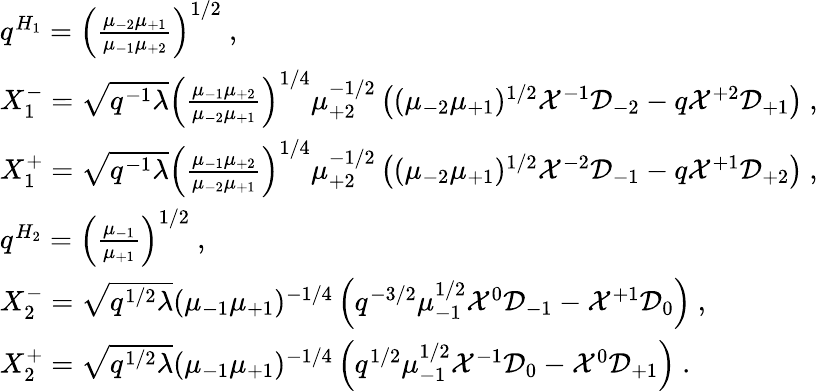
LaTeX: \begin{array}{l}{{q^{H_{1}}=\left(\frac{\mu_{-2}\mu_{+1}}{\mu_{-1}\mu_{+2}}\right)^{1/2}~,}}\\ {{X_{1}^{-}=\sqrt{q^{-1}\lambda}\left(\frac{\mu_{-1}\mu_{+2}}{\mu_{-2}\mu_{+1}}\right)^{1/4}\mu_{+2}^{-1/2}\left((\mu_{-2}\mu_{+1})^{1/2}{\cal X}^{-1}{\cal D}_{-2}-q{\cal X}^{+2}{\cal D}_{+1}\right)~,}}\\ {{X_{1}^{+}=\sqrt{q^{-1}\lambda}\left(\frac{\mu_{-1}\mu_{+2}}{\mu_{-2}\mu_{+1}}\right)^{1/4}\mu_{+2}^{-1/2}\left((\mu_{-2}\mu_{+1})^{1/2}{\cal X}^{-2}{\cal D}_{-1}-q{\cal X}^{+1}{\cal D}_{+2}\right)~,}}\\ {{q^{H_{2}}=\left(\frac{\mu_{-1}}{\mu_{+1}}\right)^{1/2}~,}}\\ {{X_{2}^{-}=\sqrt{q^{1/2}\lambda}(\mu_{-1}\mu_{+1})^{-1/4}\left(q^{-3/2}\mu_{-1}^{1/2}{\cal X}^{0}{\cal D}_{-1}-{\cal X}^{+1}{\cal D}_{0}\right)~,}}\\ {{X_{2}^{+}=\sqrt{q^{1/2}\lambda}(\mu_{-1}\mu_{+1})^{-1/4}\left(q^{1/2}\mu_{-1}^{1/2}{\cal X}^{-1}{\cal D}_{0}-{\cal X}^{0}{\cal D}_{+1}\right)~.}}\end{array}